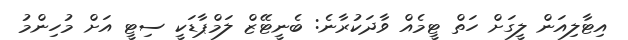
އިޓާލިއަން ލީގަށް ހަތް ޓީމެއް ވާދަކުރާނެ: ބެނީޓޭޒް ލަމްޕާޑަކީ ސިޓީ އަށް މުހިންމު